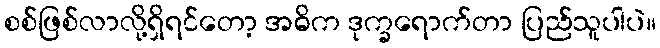
စစ်ဖြစ်လာလို့ရှိရင်တော့ အဓိက ဒုက္ခရောက်တာ ပြည်သူပါပဲ။